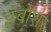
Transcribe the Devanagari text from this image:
इंबोशर